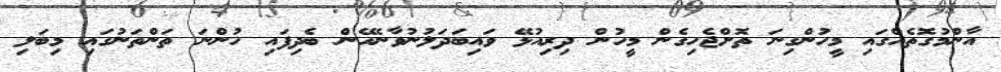
އާންމުގޮތެއްގައި މީހުންގިނަ ތޮށްޖެހިގެން މީހުން ދިރިއުޅޭ ވައިބަދަލުނުވާނޭހެން ބެދިފައި ހުންނަ ތަންތަނުގައި މިބަލި